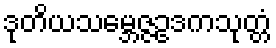
ဒုတိယသမ္ဘေဇ္ဇဥဒကသုတ္တံ